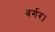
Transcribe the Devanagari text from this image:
बर्गर।